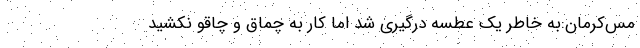
مس‌کرمان:‌به خاطر یک عطسه درگیری شد اما کار به چماق و چاقو نکشید